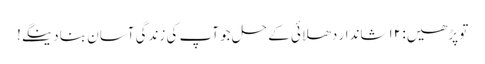
تو پڑھیں: ۱۲ شاندار دھلائی کے حل جو آپ کی زندگی آسان بنا دینگے!